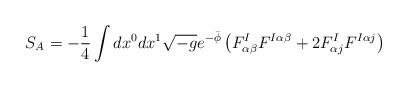
LaTeX: \begin{align*}S_{A}=-\frac{1}{4}\int dx^{0}dx^{1}\sqrt{-g}e^{-\bar{\phi}}\left( F_{\alpha\beta }^{I}F^{I\alpha \beta }+2F_{\alpha j}^{I}F^{I\alpha j}\right)\end{align*}